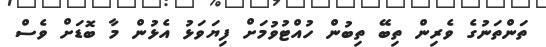
ތަންތަނުގެ ވެރިން ތިބޭ ތިބުން ހުއްޓުވުމަށް ފިޔަވަޅު އެޅުން މާ ބޮޑަށް ވެސް